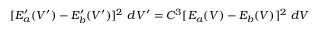
[ E _ { a } ^ { \prime } ( V ^ { \prime } ) - E _ { b } ^ { \prime } ( V ^ { \prime } ) ] ^ { 2 } ~ d V ^ { \prime } = C ^ { 3 } [ E _ { a } ( V ) - E _ { b } ( V ) ] ^ { 2 } ~ d V